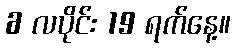
6 လပိုင်း 19 ရက်နေ့။